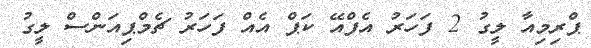
ޕްރިމިއާ ލީގު 2 ފަހަރު އެފްއޭ ކަޕް އެއް ފަހަރު ޗެމްޕިއަންސް ލީގު